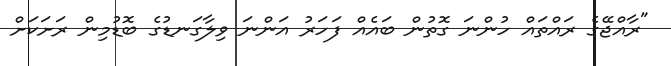
"ރާއްޖޭގެ ރައްތައް ހުންނަ ގޮތުން ބައެއް ފަހަރު އަންނަ ވިލާގަނޑުގެ ބޮޑުމިން ރަށަކަށް